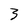
Character: 3